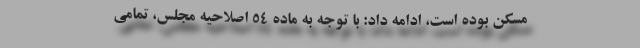
مسکن بوده است، ادامه داد: با توجه به ماده 54 اصلاحیه مجلس، تمامی